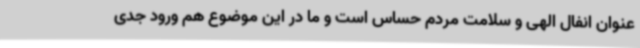
عنوان انفال الهی و سلامت مردم حساس است و ما در این موضوع هم ورود جدی